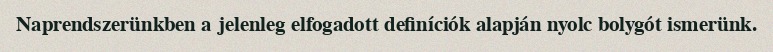
Naprendszerünkben a jelenleg elfogadott definíciók alapján nyolc bolygót ismerünk.